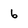
Character: 6